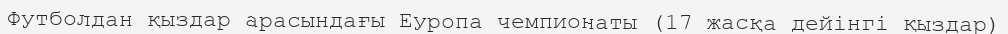
Футболдан қыздар арасындағы Еуропа чемпионаты (17 жасқа дейінгі қыздар)